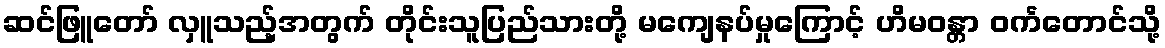
ဆင်ဖြူတော် လှူသည့်အတွက် တိုင်းသူပြည်သားတို့ မကျေနပ်မှုကြောင့် ဟိမဝန္တာ ဝင်္ကတောင်သို့